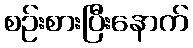
စဉ်းစားပြီးနောက်